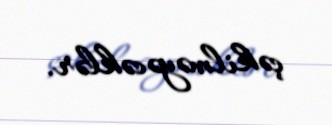
çəkilməyəcəklər.